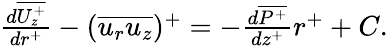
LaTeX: \begin{array}{r}{\frac{d\overline{{U_{z}^{+}}}}{dr^{+}}-(\overline{{u_{r}u_{z}}})^{+}=-\frac{d\overline{{P^{+}}}}{dz^{+}}r^{+}+C.}\end{array}